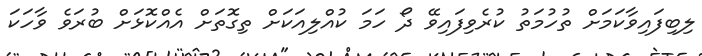
ލިބިފައިވާކަމަށް ތުހުމަތު ކުރެވިފައިވޭ ދޯ ހަމަ ކުއްލިއަކަށް ތިގޮތަށް އެއްކޮޅަށް ބުރަވެ ވާހަކަ